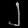
Digit: ၂